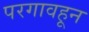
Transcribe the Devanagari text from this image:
परगावहून